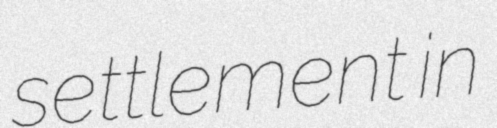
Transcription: settlement in